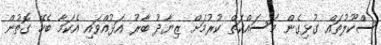
ސްކޫލުތައް ގުޅިގެން މަސައްކަތް ކުރުމަށް ޒިޔާދު ބާރު އަޅުއްވައި އެކަމާ ބެހޭ ގޮތުން